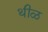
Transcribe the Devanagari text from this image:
थीळ